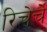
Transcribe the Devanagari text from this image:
रिचेर्चे